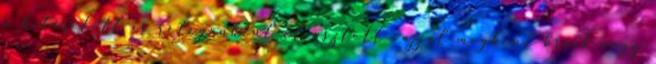
a kiterített és rétegenként olvasztott vajjal megkent brick vagy